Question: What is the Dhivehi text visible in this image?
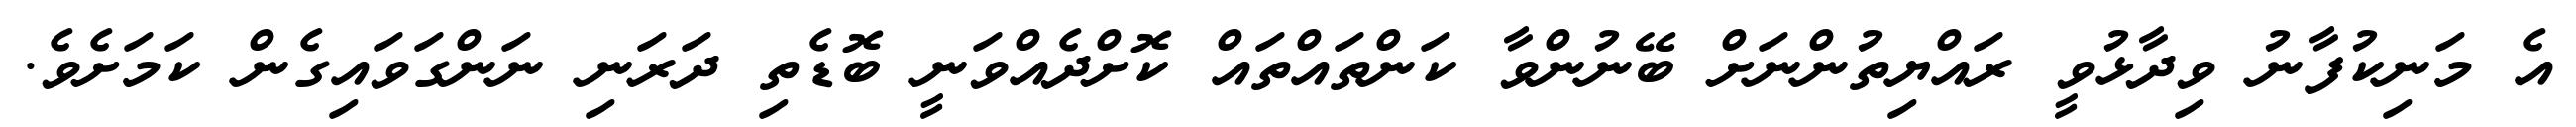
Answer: އެ މަނިކުފާނު ވިދާޅުވީ ރައްޔިތުންނަށް ބޭނުންވާ ކަންތައްތައް ކޮށްދެއްވަނީ ބޮޑެތި ދަރަނި ނަންގަވައިގެން ކަމަށެވެ.